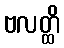
ဗလတ္ထိ